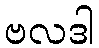
ဗလဒါ